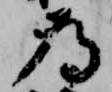
為